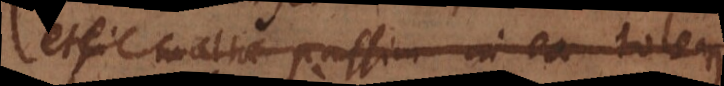
etsi multa passim in ea toler